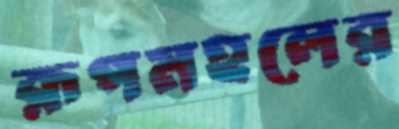
রূপমহলের